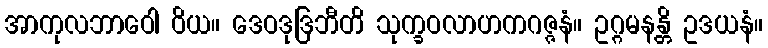
အာကုလဘာဝေါ ဝိယ။ ဒေဝဒုဒြဘီတိ သုက္ခဝလာဟကဂဇ္ဇနံ။ ဥဂ္ဂမနန္တိ ဥဒယနံ။